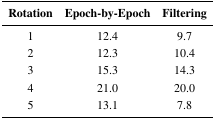
| Rotation | Epoch-by-Epoch | Filtering |
 | --- | --- | --- |
 | 1 | 12.4 | 9.7 |
 | 2 | 12.3 | 10.4 |
 | 3 | 15.3 | 14.3 |
 | 4 | 21.0 | 20.0 |
 | 5 | 13.1 | 7.8 |